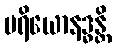
ပရိယောနဒ္ဓန္တိ